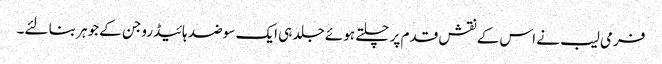
فرمی لیب نے اس کے نقش قدم پر چلتے ہوئے جلد ہی ایک سو ضد ہائیڈروجن کے جوہر بنا لئے۔